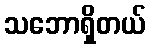
သဘောရှိတယ်